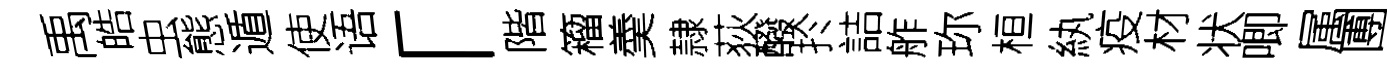
禹皓虫態遁使语「階籕羮隷荻醱扵詰舴珎桓紈疫材状唧属圑